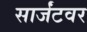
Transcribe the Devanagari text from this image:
सार्जंटवर